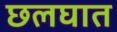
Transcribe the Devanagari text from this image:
छलघात